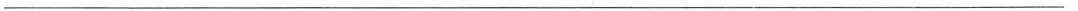
___